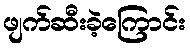
ဖျက်ဆီးခဲ့ကြောင်း